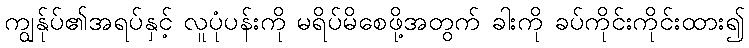
ကျွန်ုပ်၏အရပ်နှင့် လူပုံပန်းကို မရိပ်မိစေဖို့အတွက် ခါးကို ခပ်ကိုင်းကိုင်းထား၍